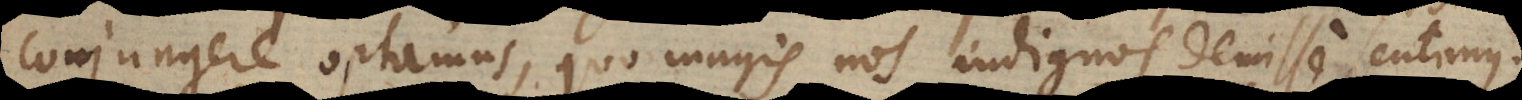
conjungere optamus, quo magis nos indignos demisse sentimus,